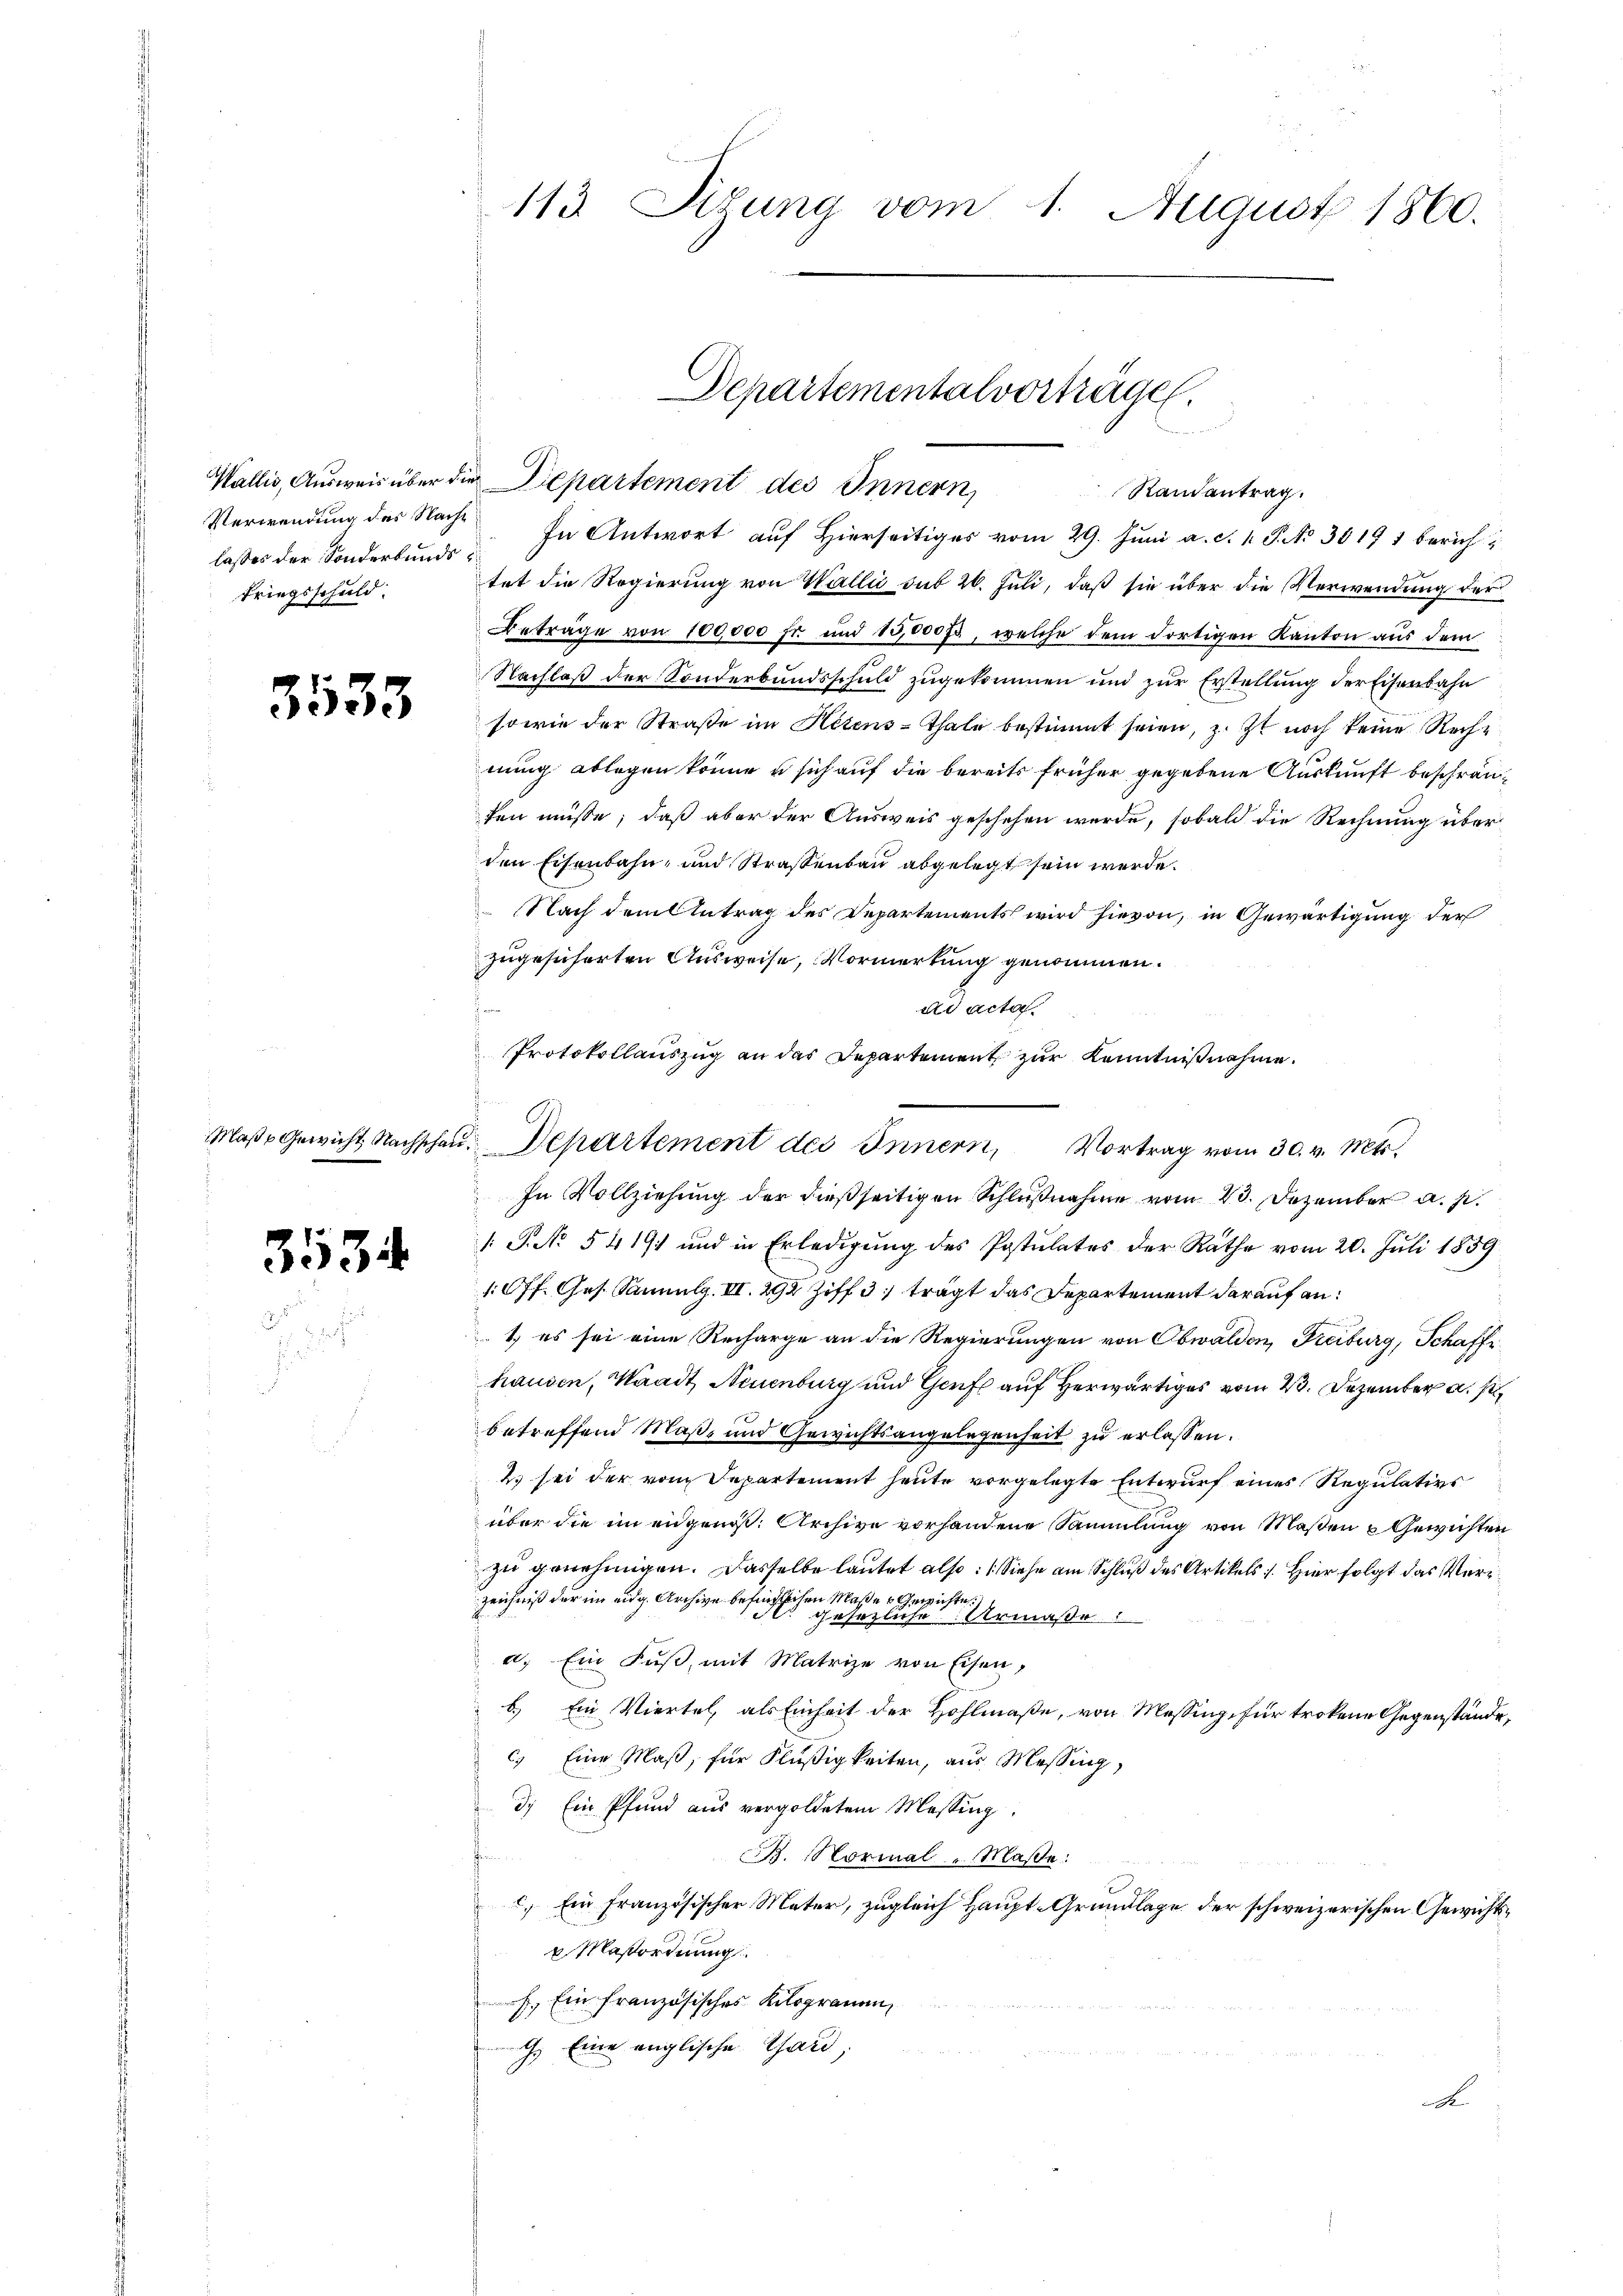
Verwendung des Nachlaßes der Sonderbunds
kriegsschuld.

3533

313

113 Situng vom 1. August 1860.

Wallis, Ausweis über die Departement des Innern,
tet die Regierung von Wallis sub 26. Juli, daß sie über die Verwendung der
Betrage von 100,000 fr. und 15,00073, welche dem dortigen Kanton aus dem
Nachlaß der Sonderbundsschuld zugekommen und zur Erstellung der Eisenbahn
sowie der Straße im Helens-Thale bestimmt seien, z. Zt noch keine Recht
nung ablegen könne u sich auf die bereits früher gegebene Auskunft beschränten müsse, daß aber der Ausweis geschehen werde, sobald die Rechnung über
den Eisenbahn- und Strassenbau abgelegt sein werde.
 Nach dem Antrag des Departements wird hievon, in Gewärtigung der
zugesicherten Ausweise, Vormerkung genommen.
e
ad acta.
In Vollziehung der dießseitigen Schlußnahme vom 23. Dezember a. p.
1 S. No 5419) und in Erledigung des Postulates der Räthe vom 20. Juli 1859
10 ff. Ges. Jannulg. II. 292 Ziff. 3 trägt das Departement darauf an:
1. es sei eine Recharge an die Regierungen von Obwalden, Freiburg, Schaffe
hausen, Waadt, Neuenburg und Genf auf herwärtiges vom 23. Dezember a. s
betreffend Maß- und Gewichtsangelegenheit zu erlassen.
2 sei der vom Departement heute vorgelegte Entwurf eines Regulativs
über die im engenis. Archive vorhandene Sammlung von Maßen Gewichten
zu genehmigen. Dasselbe lautet also: (Siehe am Schluß des Artikels 1. Hier folgt das Verzeichniß der im eidg. Archive befindlichen Maßes Gewichte
gesezliche Urmaße
a. Ein Fuß, mit Matrize von Eisen,
6.) Ein Viertel, als Einheit der Hohlmaße, von Messing, für trokene Gegenstände,
c. Eine Maß, für Flüßigkeiten, aus Messing,
3.) Ein Pfund aus vergoldetem Messing.
B. Normal " Maße:
) Ein französischer Mater, zugleich Haupt-Grundlage der schweizerischen Gewichts¬
Maßordnung
f. Ein französisches Kilogramm,
G. Eine englischen Gard,
A

Protokollauszug an das Departement zur Kenntnißnahme.
 dem
Maβe gewicht Nachschaŭ Departement des Innern, Vortrag vom 30. v. Mts.

Departementalverträge.
Randantrag.
“ In Antwort auf Hierseitiges vom 29. Juni a. c. 1. P. No 38191 bericht